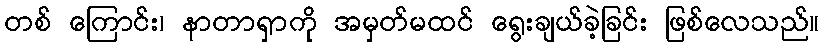
တစ် ကြောင်း၊ နာတာရှာကို အမှတ်မထင် ရွေးချယ်ခဲ့ခြင်း ဖြစ်လေသည်။